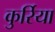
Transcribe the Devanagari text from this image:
कुर्रिया